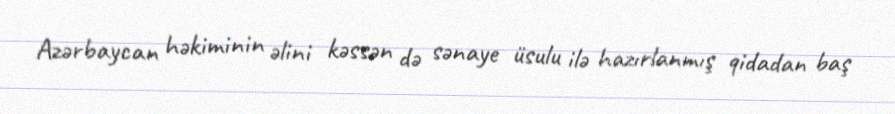
Azərbaycan həkiminin əlini kəssən də sənaye üsulu ilə hazırlanmış qidadan baş